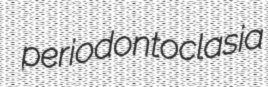
periodontoclasia